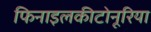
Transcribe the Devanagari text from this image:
फिनाइलकीटोनूरिया